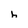
Character: h